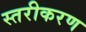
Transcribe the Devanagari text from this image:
स्‍तरीकरण